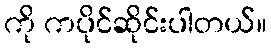
ကို ကပိုင်ဆိုင်းပါတယ်။